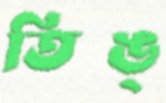
তিঙ্‌